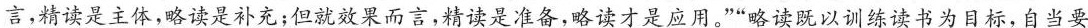
言，精读是主体，略读是补充；但就效果而言，精读是准备，略读才是应用。””略读既以训练读书为目标，自当要